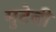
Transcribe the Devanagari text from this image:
मुटेबी